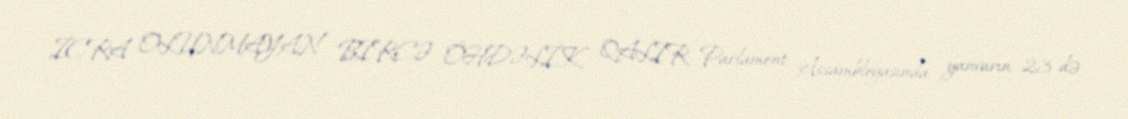
İCRA OLUNMAYAN BİRCƏ ÖHDƏLİK QALIR Parlament Assambleyasında yanvarın 23-də